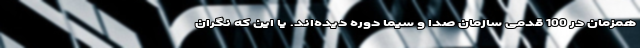
همزمان در 100 قدمی سازمان صدا و سیما دوره دیده‌اند. یا این که نگران